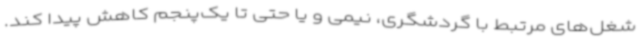
شغل‌های مرتبط با گردشگری، نیمی و یا حتی تا یک‌پنجم کاهش پیدا کند.